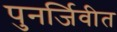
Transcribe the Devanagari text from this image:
पुनर्जिवीत